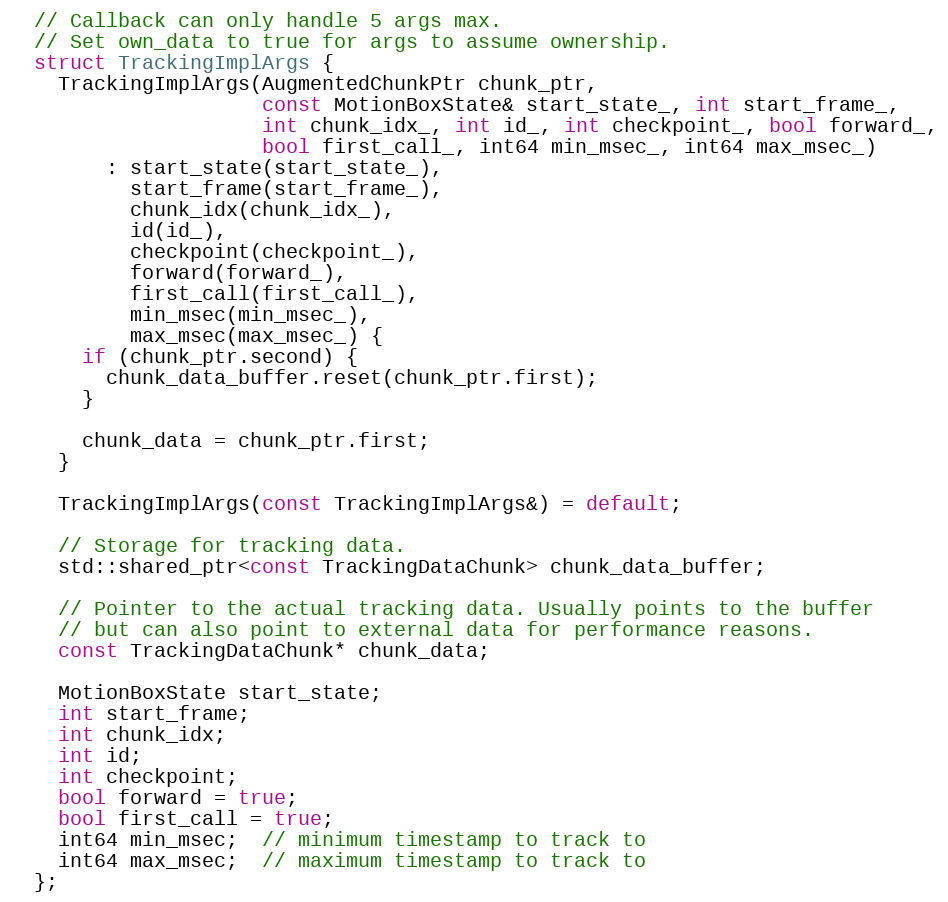
Language: C
  // Callback can only handle 5 args max.
  // Set own_data to true for args to assume ownership.
  struct TrackingImplArgs {
    TrackingImplArgs(AugmentedChunkPtr chunk_ptr,
                     const MotionBoxState& start_state_, int start_frame_,
                     int chunk_idx_, int id_, int checkpoint_, bool forward_,
                     bool first_call_, int64 min_msec_, int64 max_msec_)
        : start_state(start_state_),
          start_frame(start_frame_),
          chunk_idx(chunk_idx_),
          id(id_),
          checkpoint(checkpoint_),
          forward(forward_),
          first_call(first_call_),
          min_msec(min_msec_),
          max_msec(max_msec_) {
      if (chunk_ptr.second) {
        chunk_data_buffer.reset(chunk_ptr.first);
      }

      chunk_data = chunk_ptr.first;
    }

    TrackingImplArgs(const TrackingImplArgs&) = default;

    // Storage for tracking data.
    std::shared_ptr<const TrackingDataChunk> chunk_data_buffer;

    // Pointer to the actual tracking data. Usually points to the buffer
    // but can also point to external data for performance reasons.
    const TrackingDataChunk* chunk_data;

    MotionBoxState start_state;
    int start_frame;
    int chunk_idx;
    int id;
    int checkpoint;
    bool forward = true;
    bool first_call = true;
    int64 min_msec;  // minimum timestamp to track to
    int64 max_msec;  // maximum timestamp to track to
  };